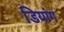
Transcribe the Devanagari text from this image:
डियांग